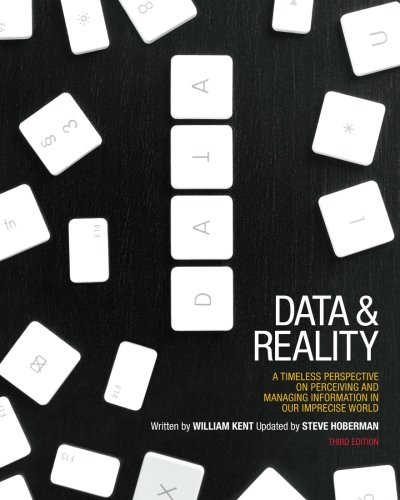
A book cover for Data and Reality: A Timeless Perspective on Perceiving and Managing Information in Our Imprecise World, 3rd Edition; William Kent; Computers & Technology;